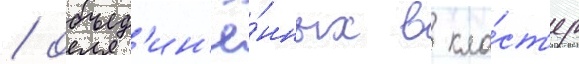
/ объед'ин'ё́нных в кла́ст'ер